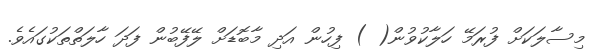
މިސާލަކަށް ފުރަމޭ ހަލާކުވުން( ) ފިހުން އަދި މާބޮޑަށް ލޭފޭބުން ފަދަ ހާލަތްތަކުގައެވެ.